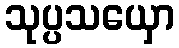
သုပ္ပသယှော